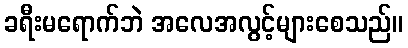
ခရီးမရောက်ဘဲ အလေအလွင့်များစေသည်။